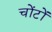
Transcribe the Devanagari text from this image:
चोंटों